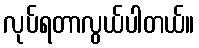
လုပ်ရတာလွယ်ပါတယ်။